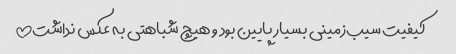
کیفیت سیب‌زمینی بسیار پایین بود و هیچ شباهتی به عکس نداشت!!